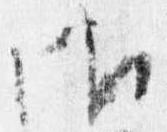
御